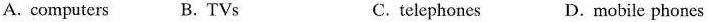
A. computers B.TVs C.telephones D.mobile phones